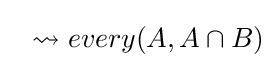
\ \ \rightsquigarrow every(A,A\cap B)